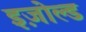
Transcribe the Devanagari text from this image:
इज़ोल्ड